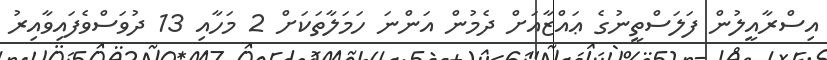
އިސްރާއީލުން ފަލަސްތީނުގެ ޢައްޒާއަށް ދެމުން އަންނަ ހަމަލާތަކަށް 2 މަހާއި 13 ދުވަސްވެފައިވާއިރު